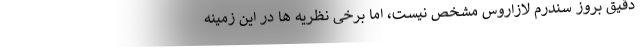
دقیق بروز سندرم لازاروس مشخص نیست، اما برخی نظریه ها در این زمینه